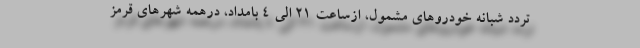
تردد شبانه خودروهای مشمول، ازساعت 21 الی 4 بامداد، درهمه شهرهای قرمز